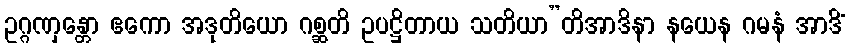
ဥဂ္ဂဏှန္တော ဧကော အဒုတိယော ဂစ္ဆတိ ဥပဋ္ဌိတာယ သတိယာ”တိအာဒိနာ နယေန ဂမနံ အာဒိံ